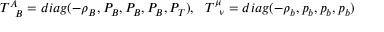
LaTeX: T _ { \phantom { A } B } ^ { A } = d i a g ( - \rho _ { B } , P _ { B } , P _ { B } , P _ { B } , P _ { T } ) , ~ ~ T _ { \phantom { \mu } \nu } ^ { \mu } = d i a g ( - \rho _ { b } , p _ { b } , p _ { b } , p _ { b } )